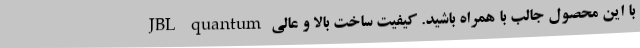
با این محصول جالب با همراه باشید. کیفیت ساخت بالا و عالی JBL quantum